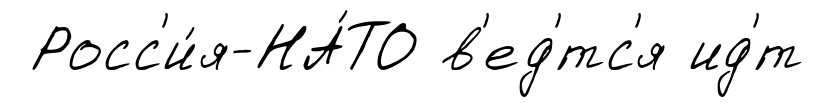
Росс'и́я-НА́ТО в'ед'́тс'я ид'́т